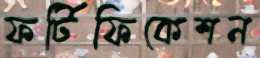
ফর্টিফিকেশন